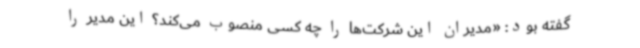
گفته بود: «مدیران این شرکت‌ها را چه کسی منصوب می‌کند؟ این مدیر را